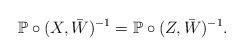
LaTeX: \begin{align*}\mathbb{P}\circ (X,\bar{W})^{-1} = \mathbb{P}\circ(Z,\bar{W})^{-1}. \end{align*}